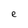
Character: e